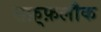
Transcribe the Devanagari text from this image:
सफ़्फ़लौक